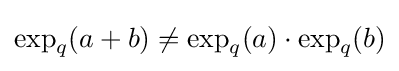
\exp _{q}(a+b)\neq \exp _{q}(a)\cdot \exp _{q}(b)